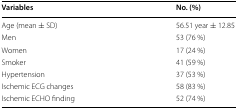
<table><thead><tr><td><b>Variables</b></td><td><b>No. (%)</b></td></tr></thead><tbody><tr><td>Age (mean ± SD)</td><td>56.51 year ± 12.85</td></tr><tr><td>Men</td><td>53 (76 %)</td></tr><tr><td>Women</td><td>17 (24 %)</td></tr><tr><td>Smoker</td><td>41 (59 %)</td></tr><tr><td>Hypertension</td><td>37 (53 %)</td></tr><tr><td>Ischemic ECG changes</td><td>58 (83 %)</td></tr><tr><td>Ischemic ECHO finding</td><td>52 (74 %)</td></tr></tbody></table>